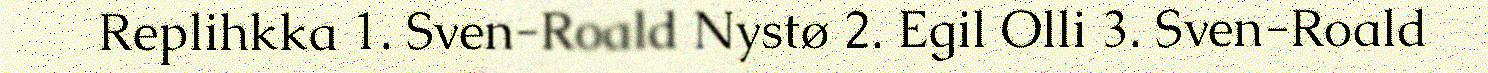
Replihkka 1. Sven-Roald Nystø 2. Egil Olli 3. Sven-Roald